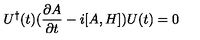
U ^ { \dagger } ( t ) ( { \frac { \partial A } { \partial t } } - i [ A , H ] ) U ( t ) = 0 \nonumber